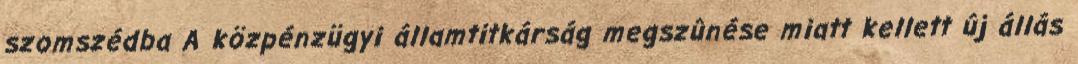
szomszédba A közpénzügyi államtitkárság megszûnése miatt kellett új állás